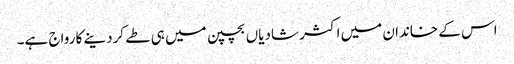
اس کے خاندان میں اکثر شادیاں بچپن میں ہی طے کردینے کا رواج ہے۔